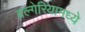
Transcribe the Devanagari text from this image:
बल्गेरियामध्ये